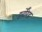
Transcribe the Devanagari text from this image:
हर्बोरेड